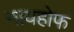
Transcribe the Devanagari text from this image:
नायहोफ